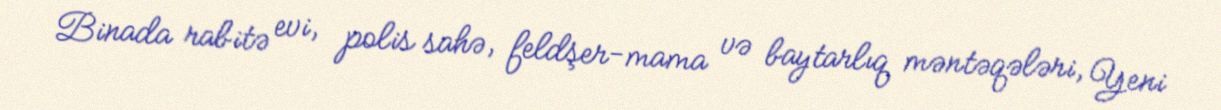
Binada rabitə evi, polis sahə, feldşer-mama və baytarlıq məntəqələri, Yeni